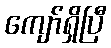
ကျော်ရှိပြီ